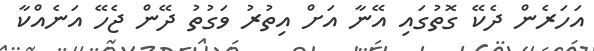
އަހަރެން ދެކޭ ގޮތުގައި އޭނާ އަށް އިތުރު ވަގުތު ދޭން ޖެހޭ އަނެއްކާ